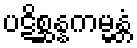
ပဋိစ္ဆန္နကမ္မန္တံ